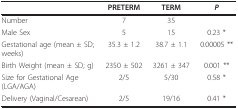
<table><thead><tr><td></td><td><b>PRETERM</b></td><td><b>TERM</b></td><td><b><i>P</i></b></td></tr></thead><tbody><tr><td>Number</td><td>7</td><td>35</td><td></td></tr><tr><td>Male Sex</td><td>5</td><td>15</td><td>0.23 *</td></tr><tr><td>Gestational age (mean ± SD; weeks)</td><td>35.3 ± 1.2</td><td>38.7 ± 1.1</td><td>0.00005 **</td></tr><tr><td>Birth Weight (mean ± SD; g)</td><td>2350 ± 502</td><td>3261 ± 347</td><td>0.001 **</td></tr><tr><td>Size for Gestational Age (LGA/AGA)</td><td>2/5</td><td>5/30</td><td>0.58 *</td></tr><tr><td>Delivery (Vaginal/Cesarean)</td><td>2/5</td><td>19/16</td><td>0.41 *</td></tr></tbody></table>